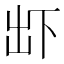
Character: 𠀴